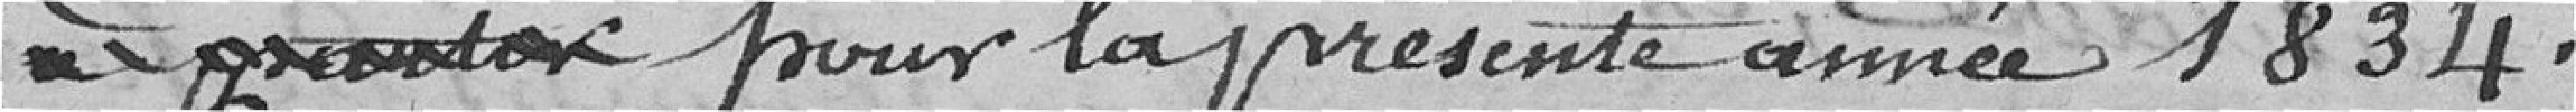
à prévoir pour la présente année 1834.